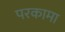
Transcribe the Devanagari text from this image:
परकामा